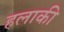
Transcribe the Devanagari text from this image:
हलाकी